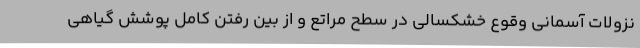
نزولات آسمانی وقوع خشکسالی در سطح مراتع و از بین رفتن کامل پوشش گیاهی